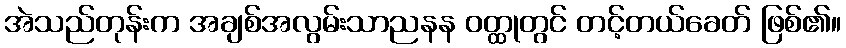
အဲသည်တုန်းက အချစ်အလွမ်းသာညနန ဝတ္ထုတွင် တင့်တယ်ခေတ် ဖြစ်၏။